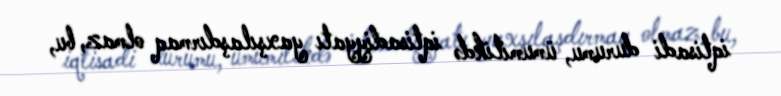
iqtisadi durumu, ümumilikdə iqtisadiyyatı yaxşılaşdırmaq olmaz, bu,